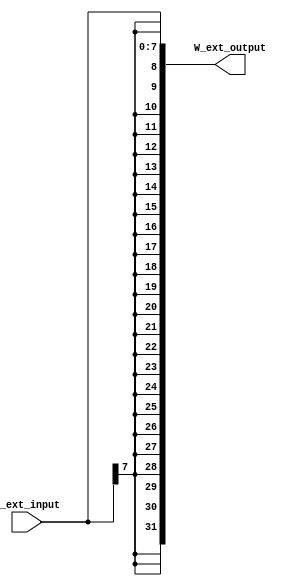
`timescale 1ns / 1ps
//////////////////////////////////////////////////////////////////////////////////
// Company: 
// Engineer: 
// 
// Design Name: 
// Module Name:    W_sign_extence 
// Project Name: 
// Target Devices: 
// Tool versions: 
// Description: 
//
// Dependencies: 
//
// Revision: 
// Revision 0.01 - File Created
// Additional Comments: 
//
//////////////////////////////////////////////////////////////////////////////////
module W_sign_extence(
    input [7:0] W_ext_input,
    output [31:0] W_ext_output
    );
	 assign W_ext_output = {{24{W_ext_input[7]}},W_ext_input}; 

endmodule